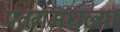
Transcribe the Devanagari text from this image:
पंतगमधल्या